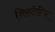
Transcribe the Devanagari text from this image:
निस्टेटिन